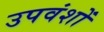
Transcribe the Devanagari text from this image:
उपवंशों